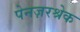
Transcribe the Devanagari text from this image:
पेनज़रश्रेक